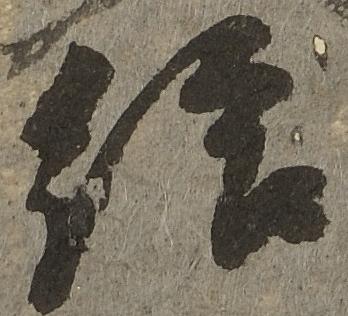
給